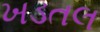
ખડતલ